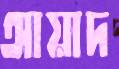
আয়াদ